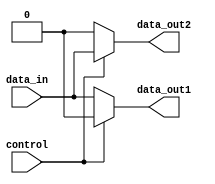
module demux_1to2 (
  input wire data_in,
  input wire control,
  output reg data_out1,
  output reg data_out2
);

  assign data_out1 = control ? 0 : data_in;
  assign data_out2 = control ? data_in : 0;

endmodule